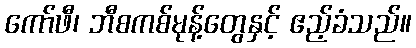
ကော်ဖီ၊ ဘီစကစ်မုန့်တွေနှင့် ဧည့်ခံသည်။